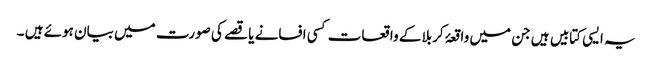
یہ ایسی کتابیں ہیں جن میں واقعۂ کربلا کے واقعات کسی افسانے یا قصے کی صورت میں بیان ہوئے ہیں ۔